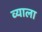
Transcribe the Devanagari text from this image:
व्याला